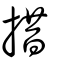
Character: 措